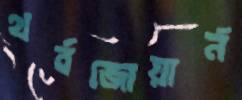
থর্বজোয়ার্ন